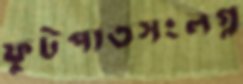
ফুটপাতসংলগ্ন